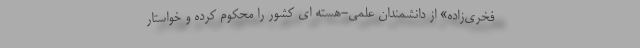
فخری‌زاده» از دانشمندان علمی-هسته ای کشور را محکوم کرده و خواستار